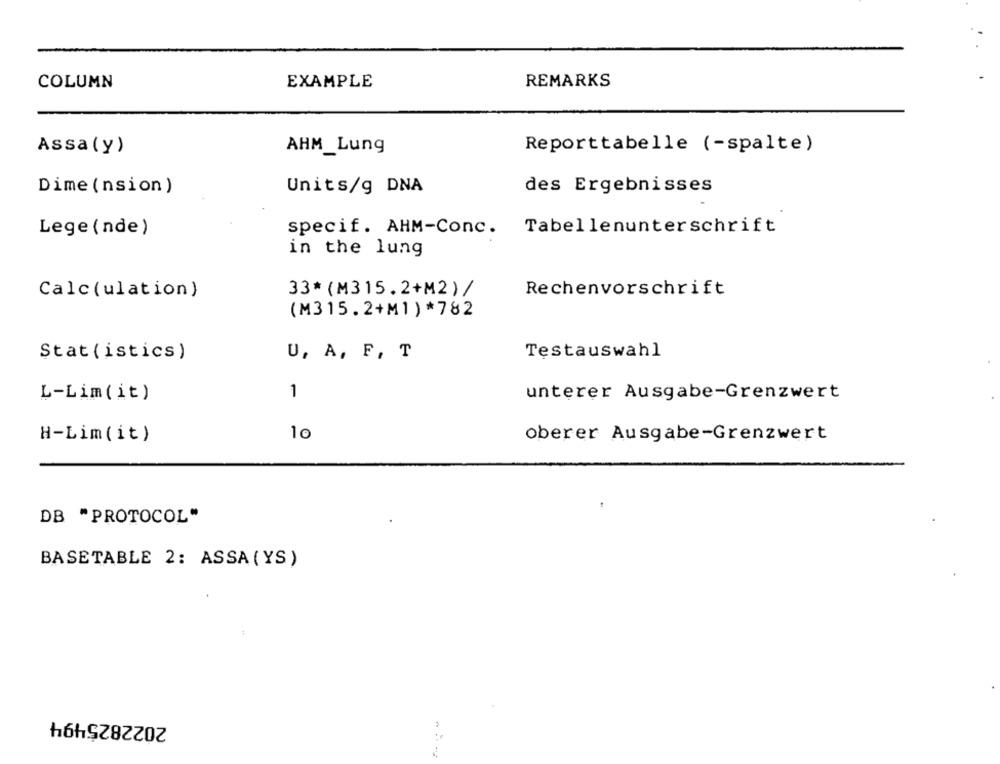
COLUMN
EXAMPLE
REMARKS
Assa (y)
AHM_Lung
Reporttabelle (-spalte)
Dime (nsion)
Units/g DNA
des Ergebnisses
Tabellenunterschrift
Lege (nde)
specif. AHM-Conc.
in the lung
Rechenvorschrift
Calc (ulation)
33* (M315.2+M2)/
(M315.2+M1) *782
Stat (istics)
U, A, F, T
Testauswahl
L-Lim(it)
1
unterer Ausgabe-Grenzwert
1 c
oberer Ausgabe-Grenzwert
H-Lim(it)
DB "PROTOCOL"
BASETABLE 2: ASSA (YS)
2022825494